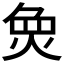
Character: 𱫌